Vaccination in the Punjab 1919-1929 - 1919-1929
Year: 1919
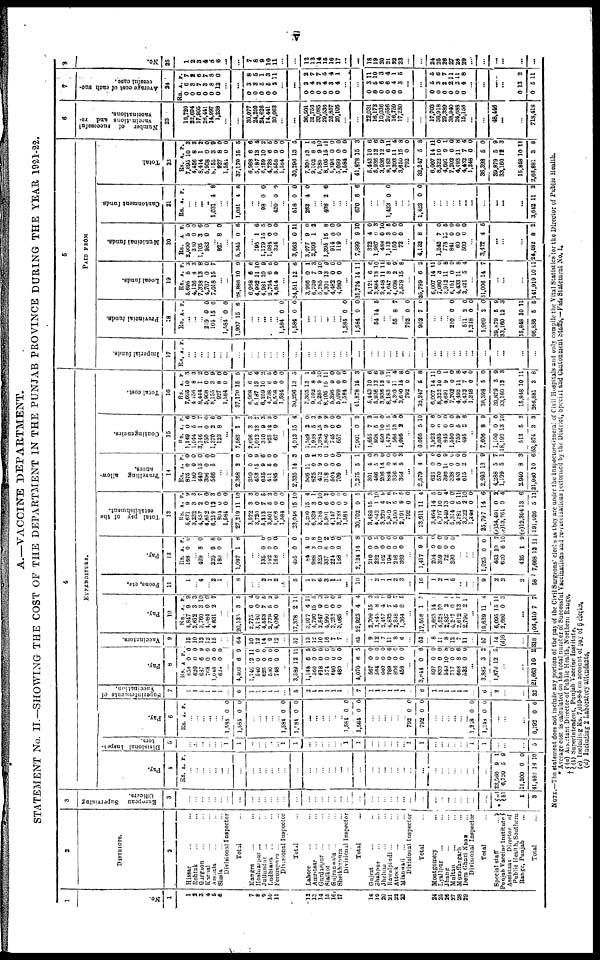
v
A.—VACCINE DEPARTMENT.
STATEMENT No. II.—SHOWING THE COST OF THE DEPARTMENT IN THE PUNJAB PROVINCE DURING THE YEAR 1921-22.
1
No.
1
1
2
3
4 5
6
7
8
9
10
11
12
13
14
15
16
17
18
19
20
21
22
23
24
25
26
27
28
29
2
DISTRICTS.
2
Hissar ... ...
Rohtak ... ...
Gurgaon ... ...
Karnal ... ...
Ambala ... ...
Simla ... ...
Divisional Inspector ...
Total ...
Kangra ... ...
Hoshiarpur ... ...
Jullundur ... ...
Ludhiana ... ...
Ferozepore ... ...
Divisional Inspector
Total ...
Lahore ... ...
Amritsar ... ...
Gurdaspur ... ...
Sialkot ... ...
Gujranwala ... ...
Sheikhupura ... ...
Divisional Inspector
Total ...
Gujrat ... ...
Shahpur ... ...
Jhelum ... ...
Rawalpindi ... ...
Attock ... ...
Mianwali ... ...
Divisional Inspector
Total ...
Montgomery ... ...
Lyallpur ... ...
Jhang ... ...
Multan
...
...
Muzaffargarh
... ...
Dera Ghazi Khan
...
Divisional Inspector
Total ...
Special staff
...
Punjab Vaccine Institute
Assistant
Director of
Public Health, Southern
Range, Punjab ...
Total ...
3
European
Supervising
Officers.
3
...
...
...
...
...
...
...
...
...
...
...
...
...
...
...
...
...
...
...
...
...
...
...
...
...
...
...
...
...
...
...
...
...
...
...
...
...
...
...
* (a)
(b)
1
3
4
EXPENDITURE.
Pay.
4
Rs. A. P.
...
...
...
...
... ...
...
...
...
...
...
...
...
...
...
...
...
...
...
... ...
...
...
...
... ...
...
...
... ...
...
...
...
...
...
... ...
...
...
23,560
6,720
11,200
41,480
9
5
0
14
1
9
0
10
Divisional Inspec¬
tors.
5
...
...
...
...
...
... 1
1
...
...
...
...
... 1
1
...
...
...
...
...
... 1
1
...
...
...
...
...
1
1
...
...
...
...
...
... 1
1
1
...
...
5
Pay.
6
Rs. A. P.
...
...
...
... ...
...
1,584
1,584
0
0
0
0
...
...
...
...
... 1,584
1,584
0
0
0
0
...
...
...
...
...
... 1,584
1,584
0
0
0
0
...
...
...
...
...
... 792
792
0
0
0
0
...
...
...
...
...
... 1,248
1,248
0
0
0
0
...
...
...
6,792 0 0
Superintendents of
Vaccination.
7
1
1
1
1
1
1
...
6
1
1
1
1
1
...
5
2
1
1
1
1
1
...
7
1
1
1
1
1
1
...
6
1
1
1
1
1
1
...
6
2
...
...
32
Pay.
8
Rs.
656
620
687
768
1,048
624
A.
0
0
6
0
0
0
P.
0
0
9
0
0
0
...
4,403
1,146
540
625
530
748
6
12
0
0
0
0
9
11
0
0
0
0
...
3,589
1,148
560
618
574
690
480
12
6
0
0
0
0
0
11
5
0
0
0
0
0
...
4,070
567
564
660
789
806
458
6
0
0
0
0
0
0
5
0
0
0
6
0 0
...
3,844
597
830
540
717
668
532
0
0
0
10
0
8
0
6
0
0
8
0
6
0
...
3,885
1,870
3
12
2
5
...
...
21,663 10 2
Vaccinators.
9
15
10
12
12
15
...
...
64
10
12
14
9
12
...
57
13
12
10
16
7
7
...
65
9
12
7
11 8
6
...
53
8
11
8
13
7
11
...
57
14
(d)8
...
318
Pay.
10
Rs.
4,847
2,612
3,760
4,084
4,831
A.
9
3
3
0
2
P.
9
3
10
0
7
...
...
20,135
2,775
3,180
4,553
2,779
4,090
3
6
0
7
5
0
5
4
0
5
2
0
...
17,378
3,977
4,790
2,647
4,990
3,233
3,085
2
4
15
0
0
0
0
11
11
5
0
0
0
0
...
22,923
2,709
3,845
2,457
4,832
2,348
1,364
4
15
8
4
7
5
8
4
3
5
9
0
7
5
...
17,558
2,663
4,528
2,837
4,207
2,612
2,790
1
14
10
2
0
13
2
5
8
0
5
1
...
19,639
6,095
3,680
11
15
0
4
11
3
. ..
106,410 7 7
Peons, etc.
11
1
... 4
... 2
1
...
8
...
... 2
1
2
...
5
1
7
6
3
1
1
...
19
2
1
1
2
3
...
10
1
2
1
5
...
...
...
9
2
3
2
58
Pay.
12
Rs.
168
A.
0
P.
0
... 409 8 0
... 339
180
9
0
8
0
...
1,097 1 8
...
... 136
192
168
0
0
0
0
0
0
...
495
84
988
323
337
224
168
0
4
3
0
6
0
0
0
0
8
10
2
0
0
...
2,124
210
232
162
196
216
369
14
0
9
0
0
0
0
8
0
5
0
0 0
0
...
1,417
204
359
72
390
9
0
0
0
0
5
0
0
0
0
...
...
...
1,025
463
620
425
7,668
0
10
6
1
12
0
7
10
9
11
Total pay of the
establishment.
13
Rs.
5,671
3,232
4,857
4,852
6,218
804
1,584
27,219
3,922
3,720
5,313
3,501
5,006
1,584
23,046
5,209
6,339
3,788
5,901
4,147
3,733
1,584
30,702
3,486
4,642
3,279
5,819
3,400
2,191
792
73,611
3,464
5,717
3,440
5,314
3,281
3,323
1,248
25,797
(c)34,49l
(c)13,761
(c)12,394
191,026
A.
9
3
2
0
13
0
0
11
3
0
7
5
0
0
15
15
3
0
6
0
0
0
9
15
1
4
7
5
8
0
11
14
10
13
0
5
2
0
14
0
0
13
5
P.
9
3
7
0 3
0
0
10
3
0
5
2
0
0
10
4
1
10
2
0
0
0
5
3
10
9
6 7
5
0
4
5
0
4
0
11
10
0
6
2
4
6
11
Travelling
allow-
ances.
14
Rs.
875
180
440
306
566
A.
0
0
13
0
5
P.
0
0
0
0
0
... ...
2,368
350
453
635
411
485
2
0
15
9
6
0
0
0
9
6
0
0
...
2,335
506
825
412
318
501
709
14
11
0
9
0
0
0
3
9
1
3
0
0
0
...
3,275
301
486
206
884
336
364
5
4
5
14
0
8
5
1
0
3
0
0
0
3
...
2,579
631
570
396
338
433
615
4
0
0
11
0
0
2
6
0
0
9
0
0
0
...
2,993
4,288
1,199
2,940
21,980
13
5
5
8
10
9
7
1
3
6
Contingencies.
15
Rs.
1,149
1,044
3,146
750
1,370
123
A.
0
5
1
0
2
8
P.
6
0
7
0 6
0
...
7,583
2,696
1,013
310
825
67
1
3
13
9
12
9
7
3
7
3
3
0
...
4,913
1,589
1,938
1,084
1,886
745
657
15
2
5
15
9
0
0
4
0
3
9
9
0
0
...
7,901
1,655
808
450
1,479
566
1,095
0
7
5
10
15
13
2
9
3
6
0
5
9
0
...
6,056
1,922
2,035
845
1,550
759
495
5
0
0
0
0
5
2
10
6
0
0 0
9
6
...
7,606
1,100
18,199
513
53,874
8
0
13
5
3
9
0
10
2
3
Total cost.
16
Rs.
7,095
4,156
8,444
5,908
8,155
927
1,584
37,170
6,968
5,187
6,259
4,738
5,558
1,584
30,296
7,305
9,102
5,285
8,105
5,396
5,099
1,584
41,878
5,443
5,936
3,936
8,183
4,393
3,650
792
32,247
6,007
8,322
4,691
7,202
4,493
4,432
1,248
36,398
39,879
33,160
15,848
266,881
A.
10
8
1
0
3
8
0
15
6
13
10
6
9
0
13
13
8
9
15
0
0
0
15
10
12
13
6
11
15
0
5
14
10
9
0
11
7
0
5
5
12
10
3
P.
3
3
2
0
9
0
0
5
6
4
2 5
0
0
5
1
5
10
11
0
0
0
3
6
6
0
11
4
8
0
8
11
0
1
0
8
4
0
0
9
3
11
8
5
PAID FROM
Imperial funds.
17
Rs. A. P.
...
...
...
...
...
...
...
...
...
...
...
...
...
...
...
...
...
...
...
...
...
...
...
...
...
...
...
...
...
...
...
...
...
...
...
...
...
...
...
...
...
Provincial funds.
18
Rs. A. P.
...
...
... 219
104
0
15
0
6
...
1,584
1,907
0
15
0
6
...
...
...
... ...
1,584
1,584
0
0
0
0
...
...
...
... ...
... 1,584
1,584
0
0
0
0
...
54 14 5
...
... 55 8 7
... 792
902
0
7
0
0
...
...
... 210 0 0
...
511
1,218
1,969
39,879
33,160
15,848
96,836
2
0
2
5
12
10
5
0
0
0
9
3
11
5
Local funds.
19
Rs.
5,695
4,126
7,338
4,707
7,018
A.
5
8
13
0
15
P.
3
3
8
0
7
...
...
28,886
6,968
4,992
4,981
2,754
4,814
10
6
11
10
6
9
9
6
10
9
5
0
...
24,511
3,966
6,709
5,285
6,301
4,482
4,980
12
0
7
9
13
0
0
6
1
3
10
9
0
0
...
31,724
5,121
3,894
3,448
5,647
4,038
3,578
14
6
13
11
3
2
15
11
6
10
11
6
9
8
...
25,789
6,007
7,080
3,912
6,151
4,433
3,421
6
14
3
11
0
11
5
2
11
0
8
0
8
4
...
31,006 14 7
...
...
...
141,919 10 11
Municipal funds.
20
Rs.
2,000
330
1,105
982
A
5
0
3
0
P.
0
0
6
0
... 827 8 0
...
5,345 0 6
...
195
1,179
1,984
324
1
15
0
0
6
5
0
0
...
3,663
3,077
2,393
0
9
1
11
0
2
... 1,395
914
119
15
0
0
8
0
0
...
7,899
322
1,987
488
1,113
150
72
9
4
0
0
3
0
0
10
0
3
10
5
0
0
...
4,132 8 6
...
1,242
778
841
60
500
7
13
0
0
0
0
5
0
0
0
...
3,422 4 5
...
...
...
24,482 8 2
Cantonment funds.
21
Rs. A. P.
...
... ...
...
1,031 4 8
...
...
1,031 4 8
...
... 98 0 0
... 420 0 0
...
518
262
0
4
0
0
...
... 408 2 6
...
...
...
670 6 6
...
...
... 1,423 0 0
...
...
...
1,423 0 0
...
...
...
...
... ...
...
...
...
...
..
3,642 11 2
Total.
22
Rs.
7,695
4,456
8,414
5,908
8,155
927
1,581
87,170
6,968
5,187
6,259
4,738
5,558
1,584
30,296
7,305
9,102
5,285
8,105
5,396
5,099
1,584
41,878
6,443
5,936
3,936
8,183
4,303
3,650
792
32,247
6,007
8,322
4,691
7,202
4,493
4,432
1,248
36,398
39,879
33,160
15,848
2,66,881
A.
10
8
1
0
3
8
0
15
6
13
10
6 9
0
13
13
8
9
15
0
0
0
15
10
12
12
6
11
15
0
5
14
10
9
0
11
7
0
5
5
12
10
3
P.
3
3
3
0
9
0
0
5
6
4
2
5
0
0
5
1
5
10
11
0
0
0
3
6
6
9
11
4
8
0
8
11
0
1
0
8
4
0
0
9
3
11
8
6
Number
of
successful
vaccinations and re¬
vaccinations.
23
18,720
22,694
17,905
26,441
14,997
1,238
...
...
30,077
24,250
24,626
14,441
30,063
...
...
36,501
31,756
33,085
29,536
25,857
20,106
...
...
22,031
16,173
10,036
20,656
16,759
17,230
...
...
17,703
38,918
29,389
38,940
24,688
15,156
...
...
48,446
...
...
718,418
7
Average cost of each suc-
cessful case.
24
Rs.
0
0
0
0
0
0
A.
6
8
7
3
8
12
P.
7
2 6
7
8
0
...
...
0
0
0
0
0
3
3
5
5
2
8
5
1
3
11
...
...
0
0
0
0
0
0
3
4
2
4
3
4
2
7
7
5
4
1
...
...
0
0
0
0
0
0
3
5
6
6
4
3
11
10
3
4
1
5
...
...
0
0
0
0
0
0
5
3
2
2
2
4
5
6
7
11
11
8
...
...
...
...
0
0
13
5
2
11
8
No.
25
1
2
3
4
5
6
...
...
7
8
9
10
11
...
12
13
14
15
16
17
...
...
18
19
20
21
22
23
...
...
24
25
26
27
28
29
...
...
...
...
...
...
NOTE.—The statement does not include any portion of the pay of the Civil Surgeons' clerks as they are under the Inspector-General of Civil Hospitals and only compile the Vital Statistics for the Director of Public Health.
*
†
Average cost is calculated on the total number of Successful Vaccinations and re-vaccinations performed by the District, Special and Cantonment Staffs, — Vide Statement No. 1.
(a) Assistant Director of Public Health, Northern Range,
(b) Superintendent, Punjab Vaccine Institute.
(c) Including Rs. 7,010-8-5 on account of pay of 6 clerks.
(d) Including 2 Laboratory attendants.